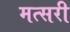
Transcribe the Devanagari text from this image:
मत्सरी